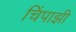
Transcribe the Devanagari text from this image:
चिंपाझी